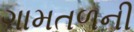
ગામતળની